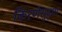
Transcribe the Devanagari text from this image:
किरणेसुद्धा